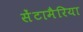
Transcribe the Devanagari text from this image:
सेंटामैरिया